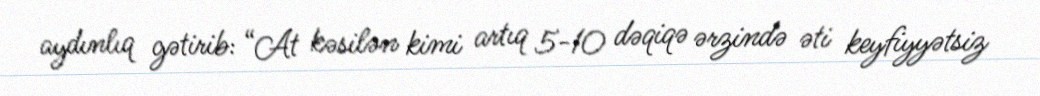
aydınlıq gətirib: “At kəsilən kimi artıq 5-10 dəqiqə ərzində əti keyfiyyətsiz